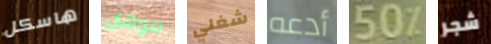
هاسكل موهان شغلي أدعه 50% شجر